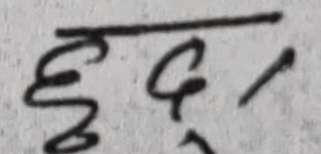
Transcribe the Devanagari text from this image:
छुद्र